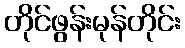
တိုင်ဖွန်းမုန်တိုင်း